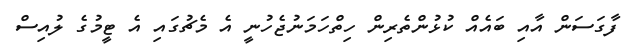
ފާގަސަން އާއި ބައެއް ކުޅުންތެރިން ހިތްހަމަނުޖެހުނީ އެ މެޗުގައި އެ ޓީމުގެ ލުއިސް